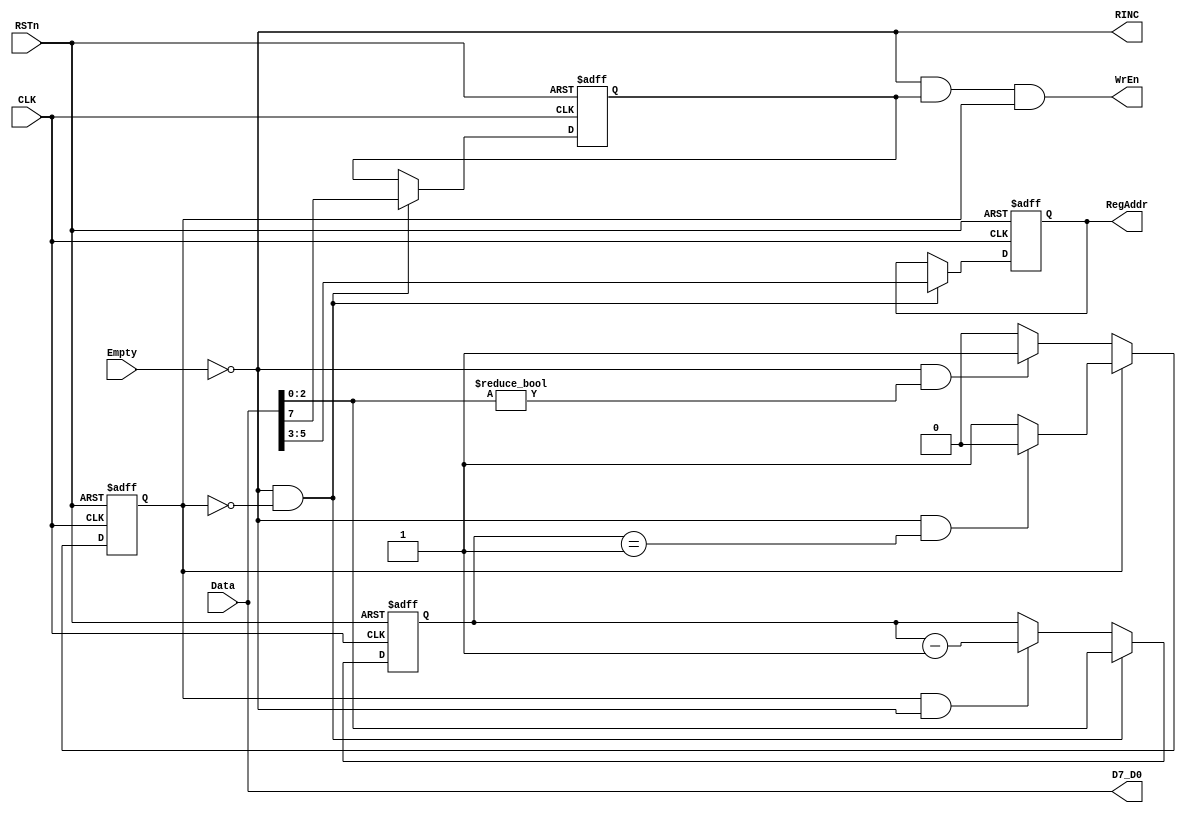
module config_passer (
    CLK,
    RSTn,
    Empty,
    Data,
    D7_D0,
    RINC,
    WrEn,
    RegAddr
);
/***************************************************************
*1.addr code empty
*7 6   5 4 3   2 1 0
*0 0|reg addr|op cnt|
*2.addr code write 
*7 6   5 4 3   2 1 0
*1 0|reg addr|op cnt|
****************************************************************/ 
/********************************************
*Parameter definition begin
*
********************************************/
parameter AnalyzeInstruction = 1'b0;
parameter ReceiveData = 1'b1;
/********************************************
*IO definition begin
*
********************************************/
input Empty;
input CLK;
input RSTn;
input[7:0] Data;
output[7:0] D7_D0;
output RINC;
output WrEn;
output[2:0] RegAddr;

/********************************************
*Register/wire definition begin
*
********************************************/ 
reg state;
reg NextState; 

reg[7:0] D7_D0;
reg WrReg;
reg[2:0] Count;
reg[2:0] RegAddr;
reg RINC;
reg WrEn;

/********************************************
*state machine design
*
********************************************/
always @(posedge CLK or negedge RSTn) begin
    if(~RSTn)
        state <= AnalyzeInstruction;
    else
        state <= NextState;
end

always @(*) begin
    case(state)
        AnalyzeInstruction:
            if((~Empty) && (Data[2:0] != 0))
                NextState = ReceiveData;
            else
                NextState = AnalyzeInstruction;
        default:
            if((~Empty) && (Count == 1))
                NextState = AnalyzeInstruction;
            else
                NextState = ReceiveData;
    endcase
end
/********************************************
*addr reg
*
********************************************/
always @(posedge CLK or negedge RSTn) begin
    if(~RSTn)
        RegAddr <= 3'b0;
    else if((~Empty) && (state == AnalyzeInstruction))
        RegAddr <= Data[5:3];
end
/********************************************
*write reg
*
********************************************/
always @(posedge CLK or negedge RSTn) begin
    if(~RSTn)
        WrReg <= 1'b0;
    else if((~Empty) && (state == AnalyzeInstruction))
        WrReg <= Data[7];
end
/********************************************
*count reg
*
********************************************/
always @(posedge CLK or negedge RSTn) begin
    if(~RSTn)
        Count <= 3'b0;
    else if(state == AnalyzeInstruction && (~Empty)) begin
        Count <= Data[2:0];
    end
    else if(state == ReceiveData && (~Empty)) begin
        Count <= Count -1;
    end
end
/********************************************
*output sig
*
********************************************/
always @(*) begin
    D7_D0 = Data;
    RINC = ~Empty;
    WrEn = (~Empty) & WrReg & state;
end

endmodule